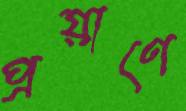
প্রয়াণে